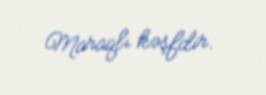
Maraqlı kəşfdir.